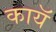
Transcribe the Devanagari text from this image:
कायॅ